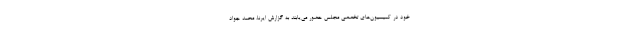
خود در کمیسیون‌های تخصصی مجلس حضور می‌یابند به گزارش ایرنا، محمد جواد